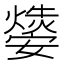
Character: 𤑁